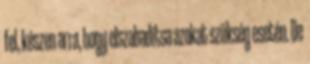
fel, készen arra, hogy elszabadítsa azokat szükség esetén. De